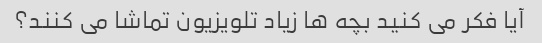
آیا فکر می کنید بچه ها زیاد تلویزیون تماشا می کنند؟